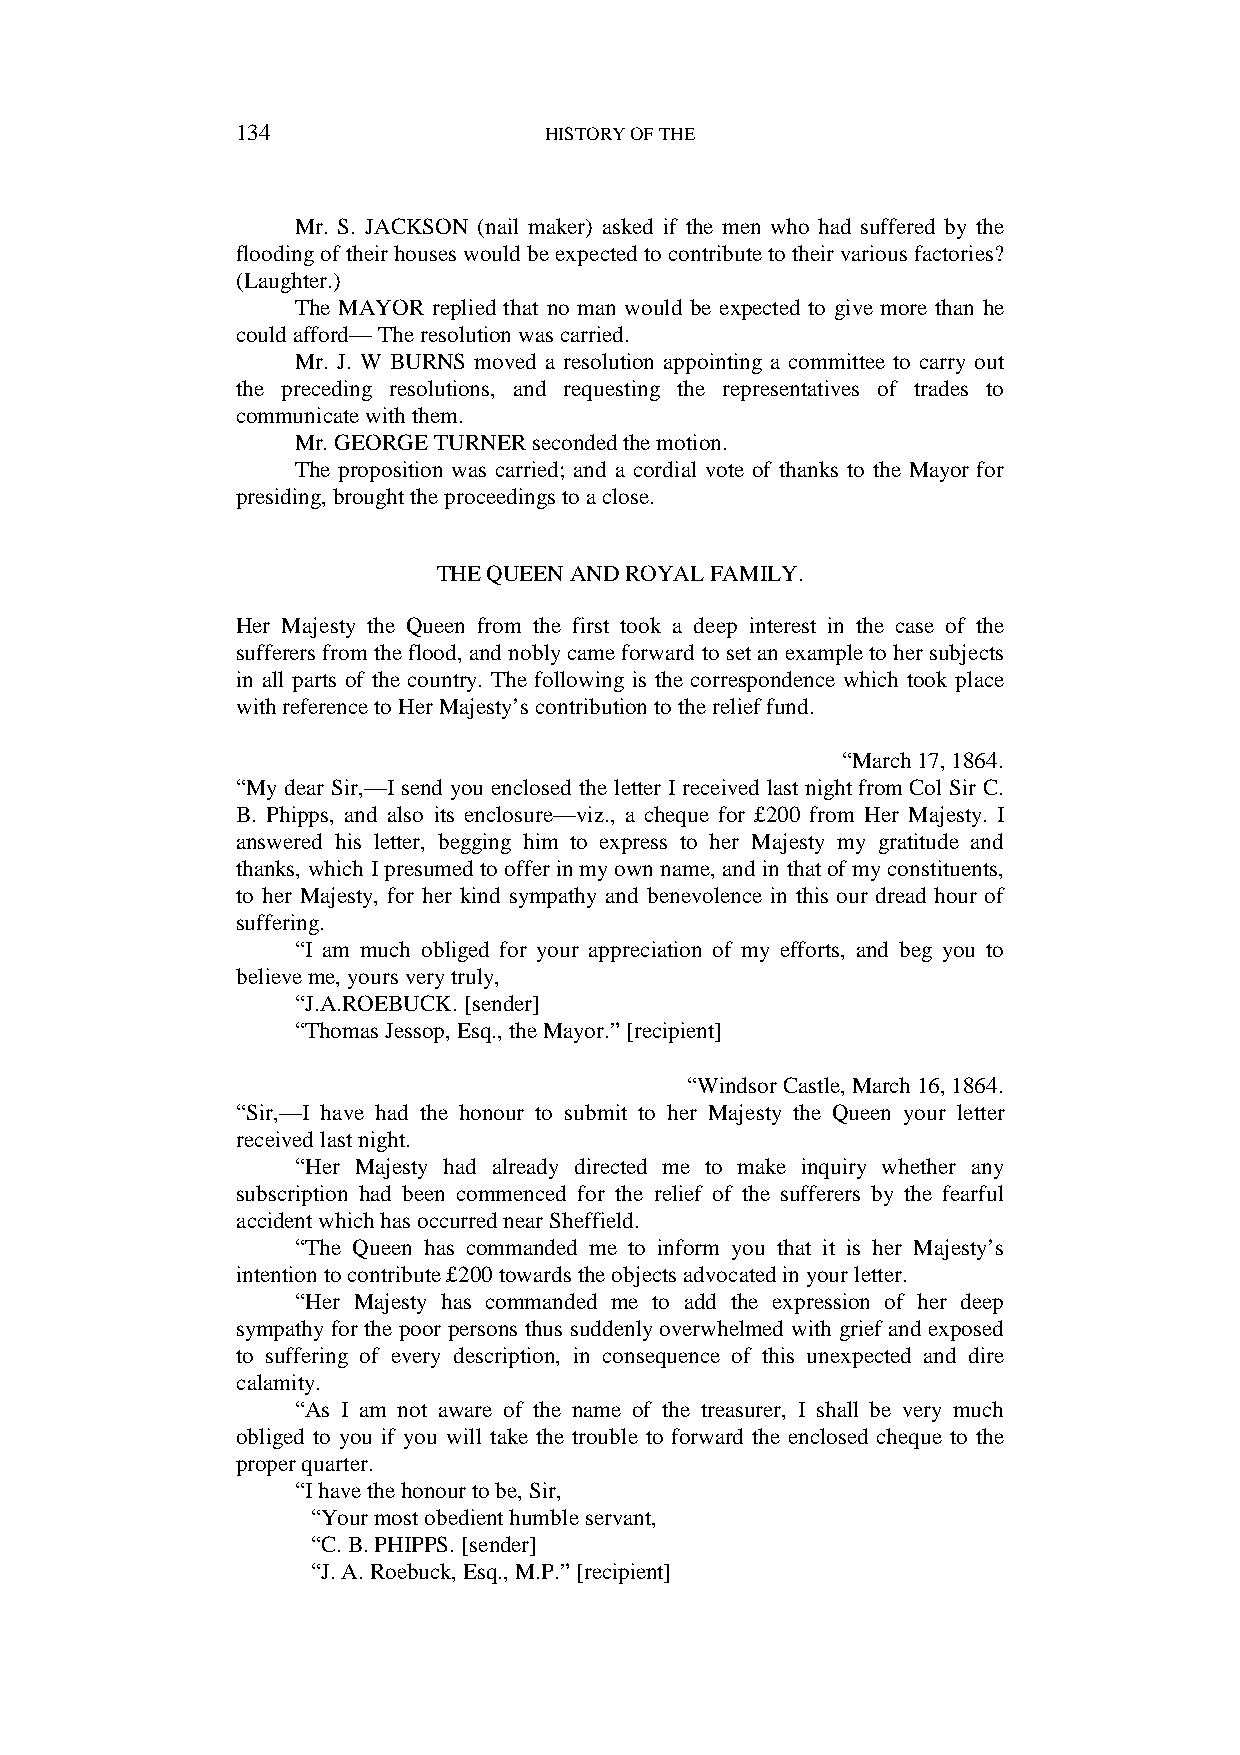
134                 HISTORY OF THE
 Mr. S. JACKSON (nail maker) asked if the men who had suffered by the
 flooding of their houses would be expected to contribute to their various factories?
 (Laughter.)
 The MAYOR replied that no man would be expected to give more than he
 could afford— The resolution was carried.
 Mr. J. W BURNS moved a resolution appointing a committee to carry out
 the preceding resolutions, and requesting the representatives of trades to
 communicate with them.
 Mr. GEORGE TURNER seconded the motion.
 The proposition was carried; and a cordial vote of thanks to the Mayor for
 presiding, brought the proceedings to a close.
 THE QUEEN AND ROYAL FAMILY.
 Her Majesty the Queen from the first took a deep interest in the case of the
 sufferers from the flood, and nobly came forward to set an example to her subjects
 in all parts of the country. The following is the correspondence which took place
 with reference to Her Majesty’s contribution to the relief fund.
 “March 17, 1864.
 “My dear Sir,—I send you enclosed the letter I received last night from Col Sir C.
 B. Phipps, and also its enclosure—viz., a cheque for £200 from Her Majesty. I
 answered his letter, begging him to express to her Majesty my gratitude and
 thanks, which I presumed to offer in my own name, and in that of my constituents,
 to her Majesty, for her kind sympathy and benevolence in this our dread hour of
 suffering.
 “I am much obliged for your appreciation of my efforts, and beg you to
 believe me, yours very truly,
 “J.A.ROEBUCK. [sender]
 “Thomas Jessop, Esq., the Mayor.” [recipient]
 “Windsor Castle, March 16, 1864.
 “Sir,—I have had the honour to submit to her Majesty the Queen your letter
 received last night.
 “Her Majesty had already directed me to make inquiry whether any
 subscription had been commenced for the relief of the sufferers by the fearful
 accident which has occurred near Sheffield.
 “The Queen has commanded me to inform you that it is her Majesty’s
 intention to contribute £200 towards the objects advocated in your letter.
 “Her Majesty has commanded me to add the expression of her deep
 sympathy for the poor persons thus suddenly overwhelmed with grief and exposed
 to suffering of every description, in consequence of this unexpected and dire
 calamity.
 “As I am not aware of the name of the treasurer, I shall be very much
 obliged to you if you will take the trouble to forward the enclosed cheque to the
 proper quarter.
 “I have the honour to be, Sir,
 “Your most obedient humble servant,
 “C. B. PHIPPS. [sender]
 “J. A. Roebuck, Esq., M.P.” [recipient]